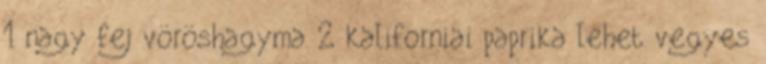
1 nagy fej vöröshagyma 2 kaliforniai paprika lehet vegyes